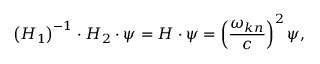
\left( \boldsymbol { H } _ { 1 } \right) ^ { - 1 } \cdot \boldsymbol { H } _ { 2 } \cdot \psi = \boldsymbol { H } \cdot \psi = \left( \frac { \omega _ { \boldsymbol { k } n } } { c } \right) ^ { 2 } \psi ,